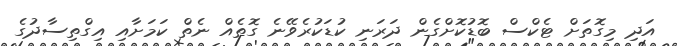
އަދި މިގޮތަށް ޓެކްސް ބޮޑުކޮށްގެން ދަރަނި ކުޑަކުރެވޭނެ ގޮތެއް ނެތް ކަމަށާއި އިގްތިސާދުގެ